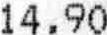
14.90